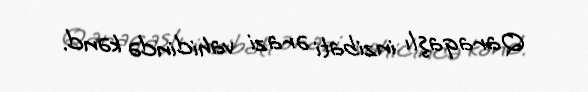
Qaraqaşlı inzibati ərazi vahidində kənd.